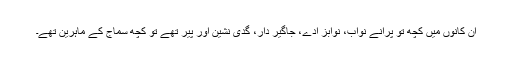
ان کانوں میں کچھ تو پرانے نواب، نوابز ادے، جاگیر دار، گدی نشین اور پیر تھے تو کچھ سماج کے ماہرین تھے۔